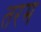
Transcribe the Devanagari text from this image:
तरम